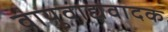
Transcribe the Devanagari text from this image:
वायुवाद्यवादक